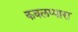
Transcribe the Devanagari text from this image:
कवलप्पारा